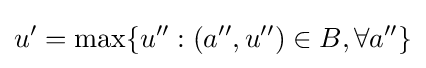
u'=\max\{u'':(a'',u'')\in B,\forall a''\}